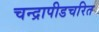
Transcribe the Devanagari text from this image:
चन्द्रापीडचरित